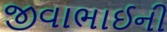
જીવાભાઈની